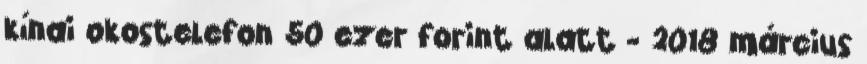
kínai okostelefon 50 ezer forint alatt - 2018 március